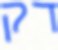
דק